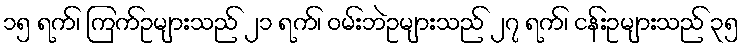
၁၅ ရက်၊ ကြက်ဥများသည် ၂၁ ရက်၊ ဝမ်းဘဲဥများသည် ၂၇ ရက်၊ ငန်းဥများသည် ၃၅